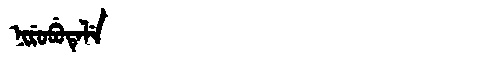
Manchu: ᠨᡳᡵᡠᠪᡠᡨᡝᠯᡝ
Romanization: NIRUBUTELE